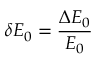
\delta E _ { 0 } = \frac { \Delta E _ { 0 } } { E _ { 0 } }